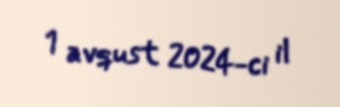
1 avqust 2024-ci il